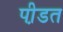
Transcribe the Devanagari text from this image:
पी़डत